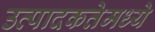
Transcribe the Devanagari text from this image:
उत्पादकतेमध्ये